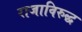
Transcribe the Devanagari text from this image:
राजाविरुद्ध